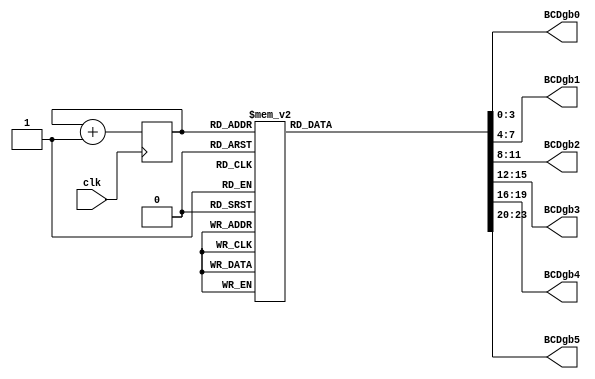
module Gobuffs(clk,BCDgb0,BCDgb1,BCDgb2,BCDgb3,BCDgb4,BCDgb5);
	input clk;
	//input enable;
	reg state;
	output reg [3:0]BCDgb0;
	output reg [3:0]BCDgb1;
	output reg [3:0]BCDgb2;
	output reg [3:0]BCDgb3;
	output reg [3:0]BCDgb4;
	output reg [3:0]BCDgb5;
	reg [3:0]displaystate;

	initial displaystate = 0;
	
	reg enable = 1;
	
always@(posedge clk)
if(enable ==1) begin
	displaystate = displaystate +1;
end
	
always@(displaystate)
	begin
		case (displaystate)
		0: begin
			BCDgb0 = 10; //G
			BCDgb1 = 15; //
			BCDgb2 = 15; //
			BCDgb3 = 15; //
			BCDgb4 = 15; //
			BCDgb5 = 15; //
			end
			
		1: begin
			BCDgb0 = 0;  //0
			BCDgb1 = 10; //G
			BCDgb2 = 15; //
			BCDgb3 = 15; //
			BCDgb4 = 15; //
			BCDgb5 = 15; //
			end
			
		2: begin
			BCDgb0 = 15; //
			BCDgb1 = 0;  //0
			BCDgb2 = 10; //G
			BCDgb3 = 15; //
			BCDgb4 = 15; //
			BCDgb5 = 15; //
			end
			
		3: begin
			BCDgb0 = 11; //B
			BCDgb1 = 15; //
			BCDgb2 = 0;  //0
			BCDgb3 = 10; //G
			BCDgb4 = 15; //
			BCDgb5 = 15; //
			end
			
		4: begin
			BCDgb0 = 12; //U
			BCDgb1 = 11; //B
			BCDgb2 = 15; //
			BCDgb3 = 0;  //0
			BCDgb4 = 10; //G
			BCDgb5 = 15; //
			end
			
		5: begin
			BCDgb0 = 13; //F
			BCDgb1 = 12; //U
			BCDgb2 = 11; //B
			BCDgb3 = 15; //
			BCDgb4 = 0;  //0
			BCDgb5 = 10; //G
			end
			
		6: begin
			BCDgb0 = 13; //F
			BCDgb1 = 13; //F
			BCDgb2 = 12; //U
			BCDgb3 = 11; //B
			BCDgb4 = 15; //
			BCDgb5 = 0;  //0
			end
			
		7: begin
			BCDgb0 = 14; //S
			BCDgb1 = 13; //F
			BCDgb2 = 13; //F
			BCDgb3 = 12; //U
			BCDgb4 = 11; //B
			BCDgb5 = 15; //
			end
			
		8: begin
			BCDgb0 = 15; //
			BCDgb1 = 14; //S
			BCDgb2 = 13; //F
			BCDgb3 = 13; //F
			BCDgb4 = 12; //U
			BCDgb5 = 11; //B
			end
					
		9: begin
			BCDgb0 = 15; //
			BCDgb1 = 15; //
			BCDgb2 = 14; //S
			BCDgb3 = 13; //F
			BCDgb4 = 13; //F
			BCDgb5 = 12; //U
			end
						
		10:begin
			BCDgb0 = 15; //
			BCDgb1 = 15; //
			BCDgb2 = 15; //
			BCDgb3 = 14; //S
			BCDgb4 = 13; //F
			BCDgb5 = 13; //F
			end
			
		11:begin
			BCDgb0 = 15; //
			BCDgb1 = 15; //
			BCDgb2 = 15; //
			BCDgb3 = 15; //
			BCDgb4 = 14; //S
			BCDgb5 = 13; //F
			end
			
		12:begin
			BCDgb0 = 15; //
			BCDgb1 = 15; //
			BCDgb2 = 15; //
			BCDgb3 = 15; //
			BCDgb4 = 15; //
			BCDgb5 = 14; //S
			end

		13:begin
			BCDgb0 = 15; //
			BCDgb1 = 15; //
			BCDgb2 = 15; //
			BCDgb3 = 15; //
			BCDgb4 = 15; //
			BCDgb5 = 15; //
			end

		14:begin
			BCDgb0 = 15; //
			BCDgb1 = 15; //
			BCDgb2 = 15; //
			BCDgb3 = 15; //
			BCDgb4 = 15; //
			BCDgb5 = 15; //
			end
			
		15:begin
			BCDgb0 = 15; //
			BCDgb1 = 15; //
			BCDgb2 = 15; //
			BCDgb3 = 15; //
			BCDgb4 = 15; //
			BCDgb5 = 15; //
			end

	default: BCDgb0 = 15;
	endcase
end

endmodule